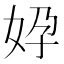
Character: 㚺